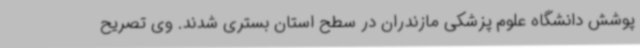
پوشش دانشگاه علوم پزشکی مازندران در سطح استان بستری شدند. وی تصریح